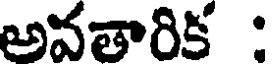
అవతారిక :